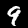
Label: 9